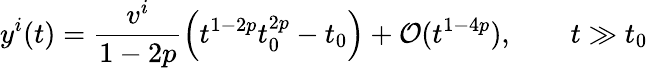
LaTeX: y^{i}(t)=\frac{v^{i}}{1-2p}\left(t^{1-2p}t_{0}^{2p}-t_{0}\right)+{\cal O}(t^{1-4p}),\qquad t\gg t_{0}